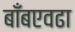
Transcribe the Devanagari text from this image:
बाँबएवढा